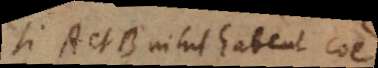
Si A et B nihil habent